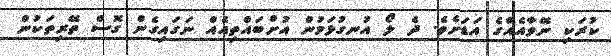
ކުރަކި ނޭވާއެއްގެ އަޑަށެވެ. ދެ ލޯ އުނގުޅަމުން އުށްބައްތިއެއް ނަގައިގެން ގޮސް ތޭރިތަކުން